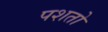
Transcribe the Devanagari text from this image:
पशतो